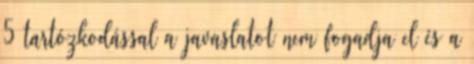
5 tartózkodással a javaslatot nem fogadja el és a